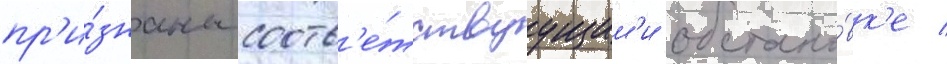
пр'и́знаны соотв'е́тствуущим'и обстано́вк'е /